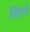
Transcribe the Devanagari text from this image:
स्सिएंज़े